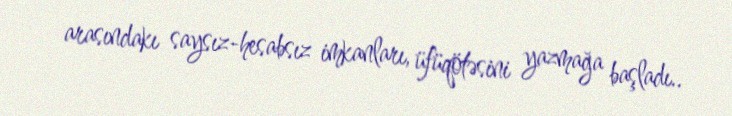
arasındakı saysız-hesabsız imkanları, üfüqötəsini yazmağa başladı..